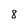
Character: 8